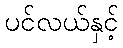
ပင်လယ်နှင့်